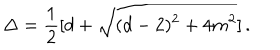
LaTeX: \Delta = { \frac { 1 } { 2 } } [ d + \sqrt { ( d - 2 ) ^ { 2 } + 4 m ^ { 2 } } ] \, .